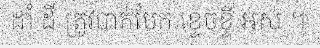
ដាំ ដី ត្រូវបាក់បែក ខ្ទេចខ្ទី អស់ ។